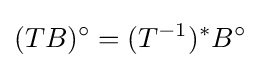
(TB)^{\circ }=(T^{-1})^{\ast }B^{\circ }